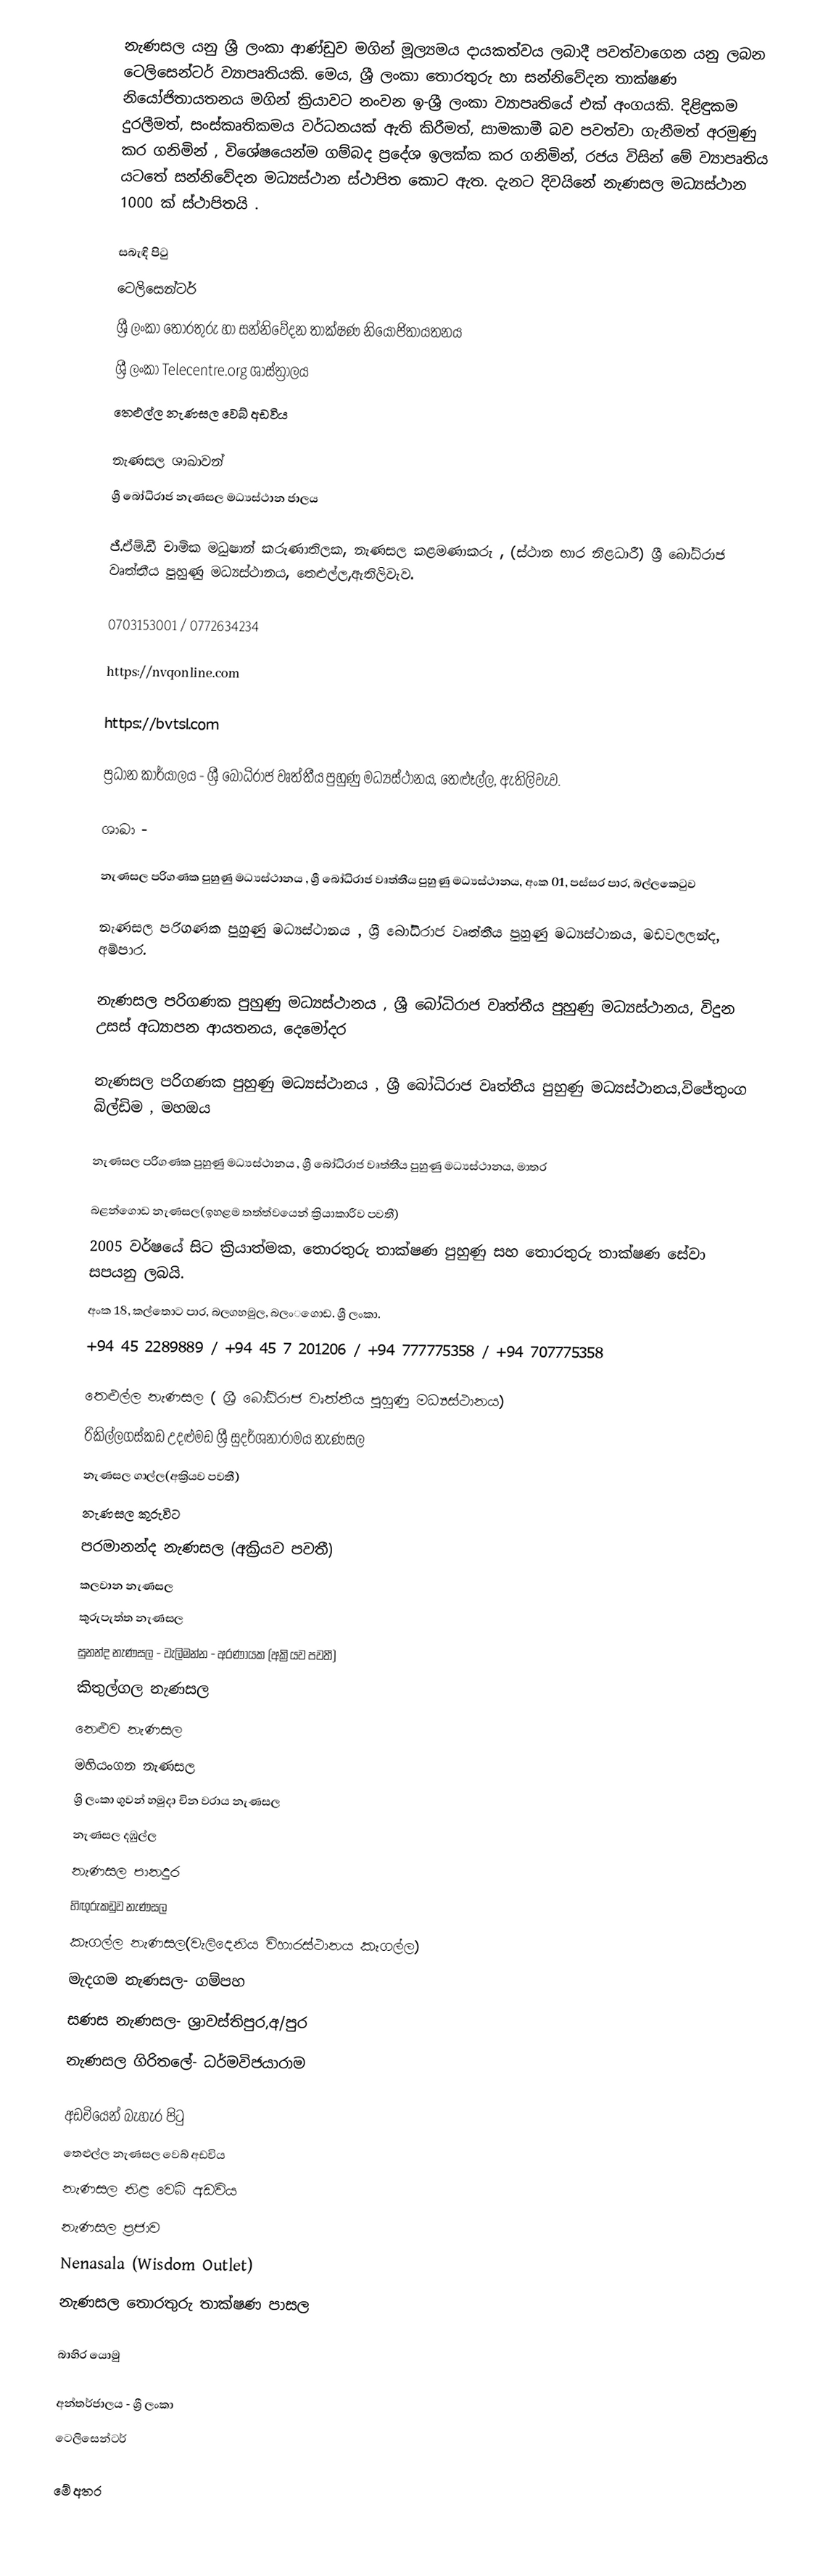
නැණසල යනු ශ්‍රී ලංකා ආණ්ඩුව මගින් මූල්‍යමය දායකත්වය ලබාදී පවත්වාගෙන යනු ලබන ටෙලිසෙන්ටර් ව්‍යාපෘතියකි. මෙය, ශ්‍රී ලංකා තොරතුරු හා සන්නිවේදන තාක්ෂණ නියෝජිතායතනය මගින් ක්‍රියාවට නංවන ඉ-ශ්‍රී ලංකා ව්‍යාපෘතියේ එක් අංගයකි. දිළිඳුකම දුරලීමත්, සංස්කෘතිකමය වර්ධනයක් ඇති කිරීමත්, සාමකාමී බව පවත්වා ගැනීමත් අරමුණු කර ගනිමින් , විශේෂයෙන්ම ගම්බද ප්‍රදේශ ඉලක්ක කර ගනිමින්, රජය විසින් මේ ව්‍යාපෘතිය යටතේ සන්නිවේදන මධ්‍යස්ථාන ස්ථාපිත කොට ඇත. දැනට දිවයිනේ නැණසල මධ්‍යස්ථාන 1000 ක් ස්ථාපිතයි .

සබැඳි පිටු
 ටෙලිසෙන්ටර්
 ශ්‍රී ලංකා තොරතුරු හා සන්නිවේදන තාක්ෂණ නියෝජිතායතනය
 ශ්‍රී ලංකා Telecentre.org ශාස්ත්‍රාලය
තෙළුල්ල නැණසල වෙබ් අඩවිය

නැණසල ශාඛාවන්
ශ්‍රී බෝධිරාජ නැණසල මධ්‍යස්ථාන ජාලය

ජී.ඒම්.ඩී චාමික මධුෂාන් කරුණාතිලක, නැණසල කළමණාකරු , (ස්ථාන භාර නිළධාරී) ශ්‍රී බෝධිරාජ වෘත්තීය පුහුණු මධ්‍යස්ථානය, තෙළුල්ල,ඇතිලිවැව.

0703153001 / 0772634234

https://nvqonline.com

https://bvtsl.com

ප්‍රධාන කාර්යාලය - ශ්‍රී බෝධිරාජ වෘත්තීය පුහුණු මධ්‍යස්ථානය, තෙළූල්ල, ඇතිලිවැව.

ශාඛා -

නැණසල පරිගණක පුහුණු මධ්‍යස්ථානය , ශ්‍රී බෝධිරාජ වෘත්තීය පුහුණු මධ්‍යස්ථානය, අංක 01, පස්සර පාර, බල්ලකෙටුව

නැණසල පරිගණක පුහුණු මධ්‍යස්ථානය , ශ්‍රී බෝධිරාජ වෘත්තීය පුහුණු මධ්‍යස්ථානය, මඩවලලන්ද, අම්පාර.

නැණසල පරිගණක පුහුණු මධ්‍යස්ථානය , ශ්‍රී බෝධිරාජ වෘත්තීය පුහුණු මධ්‍යස්ථානය, විදුන උසස් අධ්‍යාපන ආයතනය, දෙමෝදර

නැණසල පරිගණක පුහුණු මධ්‍යස්ථානය , ශ්‍රී බෝධිරාජ වෘත්තීය පුහුණු මධ්‍යස්ථානය,විජේතුංග බිල්ඩිම , මහඔය

නැණසල පරිගණක පුහුණු මධ්‍යස්ථානය , ශ්‍රී බෝධිරාජ වෘත්තීය පුහුණු මධ්‍යස්ථානය, මාතර

බළන්ගොඩ නැණසල(ඉහළම තත්ත්වයෙන් ක්‍රියාකාරීව පවතී)
 2005 වර්ෂයේ සිට ක්‍රියාත්මක, ‌තොරතුරු තාක්ෂණ පුහුණු සහ ‌තොරතුරු තාක්ෂණ ‌සේවා සපයනු ලබයි.
 අංක 18, කල්තොට පාර, බලගහමුල, බලං‌‌ගොඩ. ශ්‍රී ලංකා.
 +94 45 2289889 / +94 45 7 201206 / +94 777775358 / +94 707775358

තෙළුල්ල නැණසල ( ශ්‍රී බෝධිරාජ වෘත්තීය පුහුණු මධ්‍යස්ථානය)
රිකිල්ලගස්කඩ උදළුමඩ ශ්‍රී සුදර්ශනාරාමය නැණසල
නැණසල ගාල්ල(අක්‍රියව පවතී)
නැණසල කුරුවිට
පරමානන්ද නැණසල (අක්‍රියව පවතී)
කලවාන නැණසල
කුරුපැත්ත නැණසල
සුනන්ද නැණසල - වැලිමන්න - අරණායක (අක්‍රියව පවතී)
කිතුල්ගල නැණසල
නෙළුව නැණසල
මහියංගන නැණසල
ශ්‍රි ලංකා ගුවන් හමුදා චින වරාය නැණසල
නැණසල දඹුල්ල
නැණසල පානදුර
හිඟුරුකඩුව නැණසල
කෑගල්ල නැණසල(වැලිදෙනිය විහාරස්ථානය කෑගල්ල)
මැදගම නැණසල- ගම්පහ
සණස නැණසල- ශ්‍රාවස්තිපුර,අ/පුර
නැණසල ගිරිතලේ- ධර්මවිජයාරාම

අඩවියෙන් බැහැර පිටු
තෙළුල්ල නැණසල වෙබ් අඩවිය
නැණසල නිළ වෙබ් අඩවිය
 නැණසල ප්‍රජාව
 Nenasala (Wisdom Outlet)
 නැණසල තොරතුරු තාක්ෂණ පාසල

බාහිර යොමු

අන්තර්ජාලය - ශ්‍රී ලංකා
ටෙලිසෙන්ටර්

මේ අතර